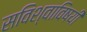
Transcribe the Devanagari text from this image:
सविश्वाविषयी